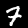
Label: 7